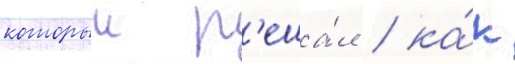
которыи р'еша́л / ка́к